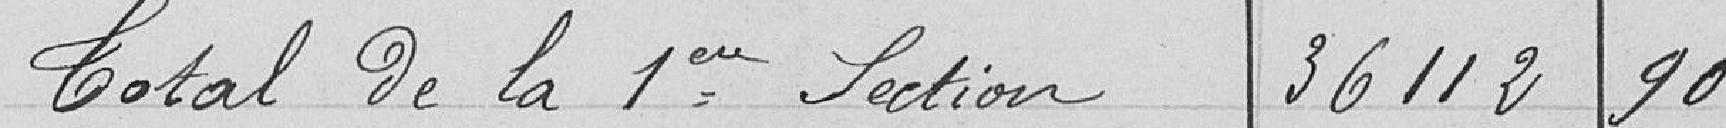
Total de la première section 36112 90